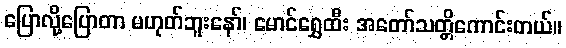
ပြောလို့ပြောတာ မဟုတ်ဘူးနော်၊ မောင်ရွှေထီး အတော်သတ္တိကောင်းတယ်။